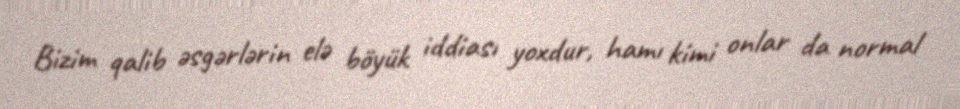
Bizim qalib əsgərlərin elə böyük iddiası yoxdur, hamı kimi onlar da normal